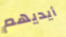
أيديهم